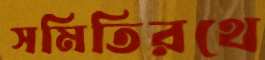
সমিতিরথে